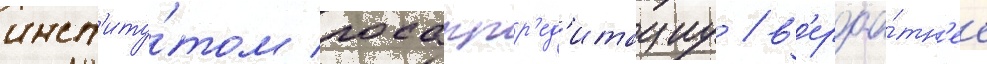
инст'иту́том госаккр'ед'итациу / в'ероа́тн'ее